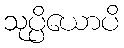
သုပ္ပိယောပိ